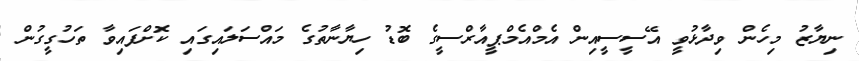
ނިޔާޒު މިހެން ވިދާޅުވީ އޭސީސީއިން އެމްއެމްޕީއާރްސީގެ ބޮޑު ހިޔާނާތުގެ މައްސަލައިގައި ކޮށްފައިވާ ތަހުގީގުން